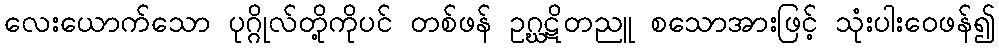
လေးယောက်သော ပုဂ္ဂိုလ်တို့ကိုပင် တစ်ဖန် ဥဂ္ဃဋိတညူ စသောအားဖြင့် သုံးပါးဝေဖန်၍